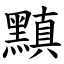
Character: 黰